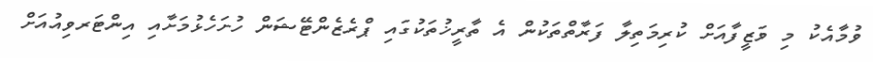
ވުމާއެކު މި ވަޒީފާއަށް ކުރިމަތިލާ ފަރާތްތަކުން އެ ތާރީޚުތަކުގައި ޕްރެޒެންޓޭޝަން ހުށަހެޅުމަށާއި އިންޓަރވިއުއަށް